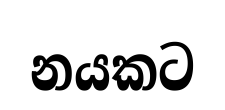
නයකට